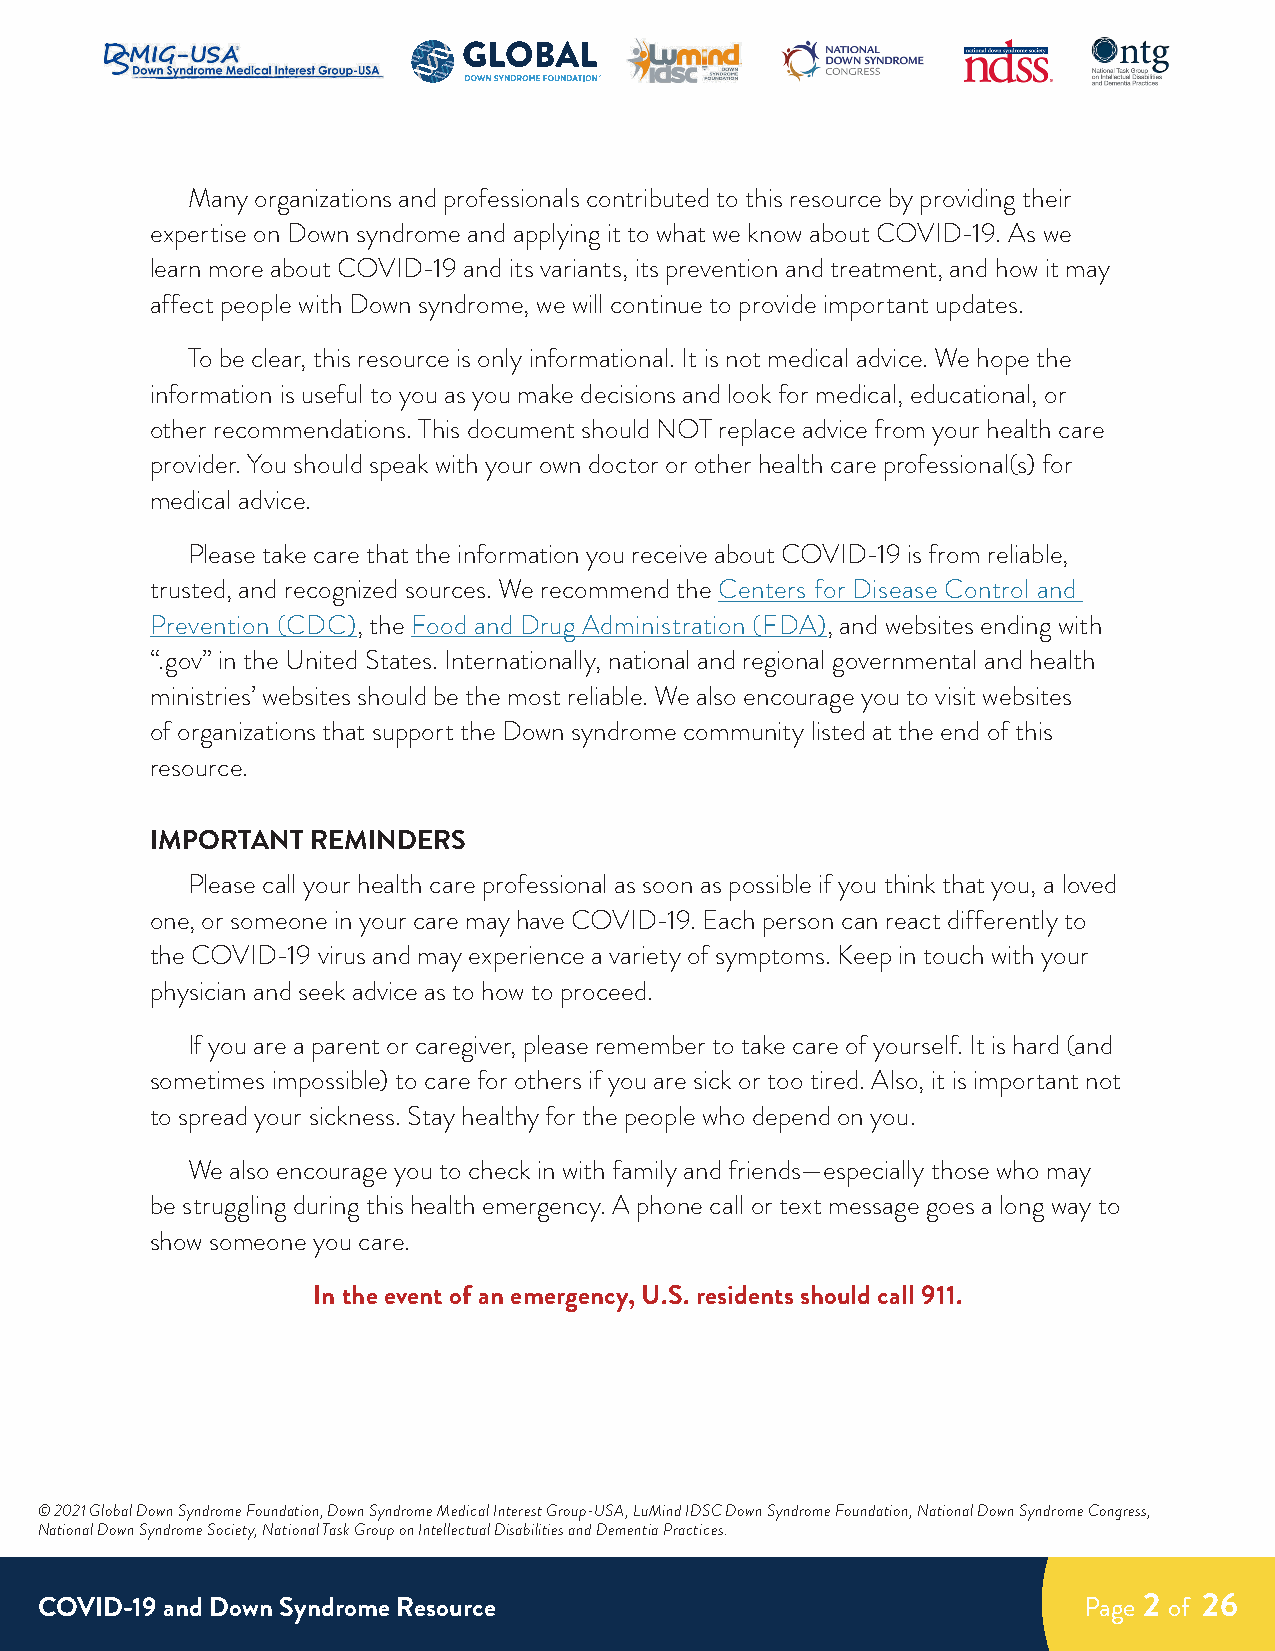
Many organizations and professionals contributed to this resource by providing their
 expertise on Down syndrome and applying it to what we know about COVID-19. As we
 learn more about COVID-19 and its variants, its prevention and treatment, and how it may
 affect people with Down syndrome, we will continue to provide important updates.
 To be clear, this resource is only informational. It is not medical advice. We hope the
 information is useful to you as you make decisions and look for medical, educational, or
 other recommendations. This document should NOT replace advice from your health care
 provider. You should speak with your own doctor or other health care professional(s) for
 medical advice.
 Please take care that the information you receive about COVID-19 is from reliable,
 trusted, and recognized sources. We recommend the Centers for Disease Control and
 Prevention (CDC), the Food and Drug Administration (FDA), and websites ending with
 “.gov” in the United States. Internationally, national and regional governmental and health
 ministries’ websites should be the most reliable. We also encourage you to visit websites
 of organizations that support the Down syndrome community listed at the end of this
 resource.
 IMPORTANT  REMINDERS
 Please call your health care professional as soon as possible if you think that you, a loved
 one, or someone in your care may have COVID-19. Each person can react differently to
 the COVID-19 virus and may experience a variety of symptoms. Keep in touch with your
 physician and seek advice as to how to proceed.
 If you are a parent or caregiver, please remember to take care of yourself. It is hard (and
 sometimes impossible) to care for others if you are sick or too tired. Also, it is important not
 to spread your sickness. Stay healthy for the people who depend on you.
 We also encourage you to check in with family and friends—especially those who may
 be struggling during this health emergency. A phone call or text message goes a long way to
 show someone you care.
 In the event of an emergency, U.S. residents should call 911.
 © 2021 Global Down Syndrome Foundation, Down Syndrome Medical Interest Group-USA, LuMind IDSC Down Syndrome Foundation, National Down Syndrome Congress,
 National Down Syndrome Society, National Task Group on Intellectual Disabilities and Dementia Practices.
 COVID-19 and Down Syndrome Resource                                   Page 2 of 26